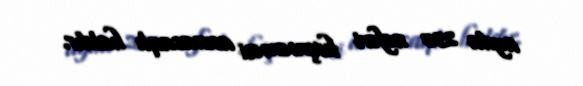
ayda 235 nəfəri keçməməsi acınacaqlı haldır.